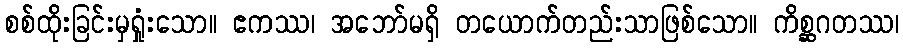
စစ်ထိုးခြင်းမှရှုံးသော။ ဧကဿ၊ အဘော်မရှိ တယောက်တည်းသာဖြစ်သော။ ကိစ္ဆဂတဿ၊